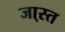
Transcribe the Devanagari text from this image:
जा्स्त